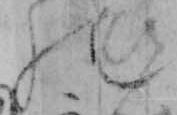
の